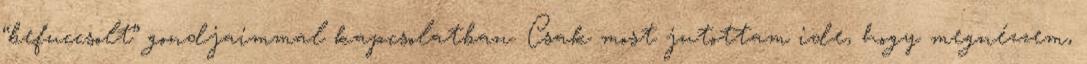
“befuccsolt” gondjaimmal kapcsolatban. Csak most jutottam ide, hogy megnézzem,